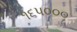
૧૬૫૦૦૦